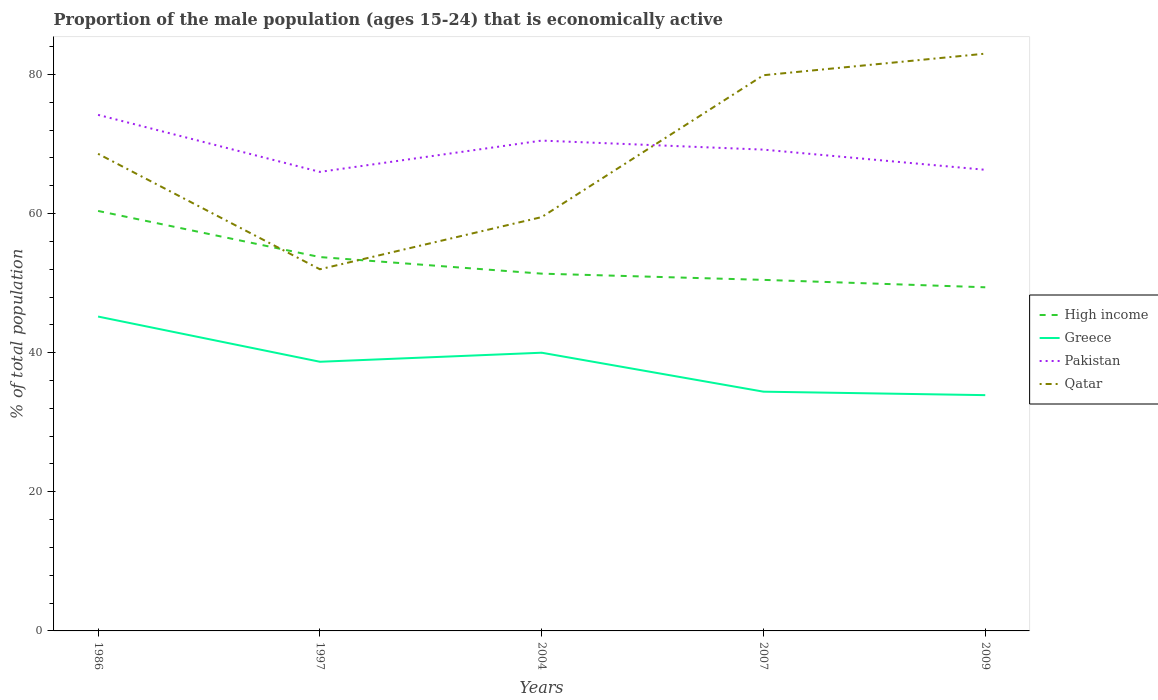
| Years | High income | Greece | Pakistan | Qatar |
 | --- | --- | --- | --- | --- |
 | 1986 | 60.4 | 45.2 | 74.2 | 68.6 |
 | 1997 | 53.8 | 38.7 | 66 | 52 |
 | 2004 | 51.4 | 40 | 70.5 | 59.5 |
 | 2007 | 50.5 | 34.4 | 69.2 | 79.9 |
 | 2009 | 49.4 | 33.9 | 66.3 | 83 |